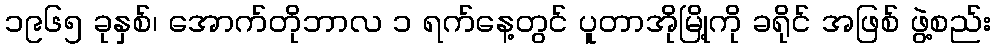
၁၉၆၅ ခုနှစ်၊ အောက်တိုဘာလ ၁ ရက်နေ့တွင် ပူတာအိုမြို့ကို ခရိုင် အဖြစ် ဖွဲ့စည်း